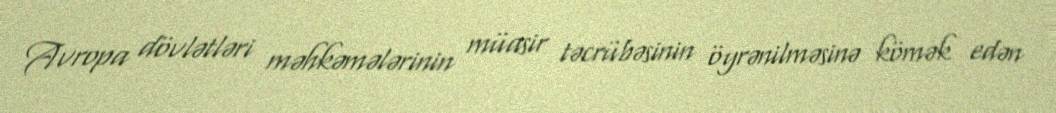
Avropa dövlətləri məhkəmələrinin müasir təcrübəsinin öyrənilməsinə kömək edən